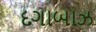
દગાબાઝ